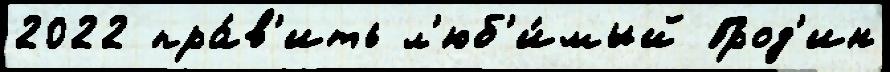
2022 пра́в'ить л'юб'и́мый Грод'ин